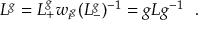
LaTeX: L ^ { g } = L _ { + } ^ { g } w _ { i ^ { g } } ( L _ { - } ^ { g } ) ^ { - 1 } = g L g ^ { - 1 } \ \ .